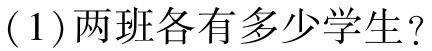
(1)两班各有多少学生？